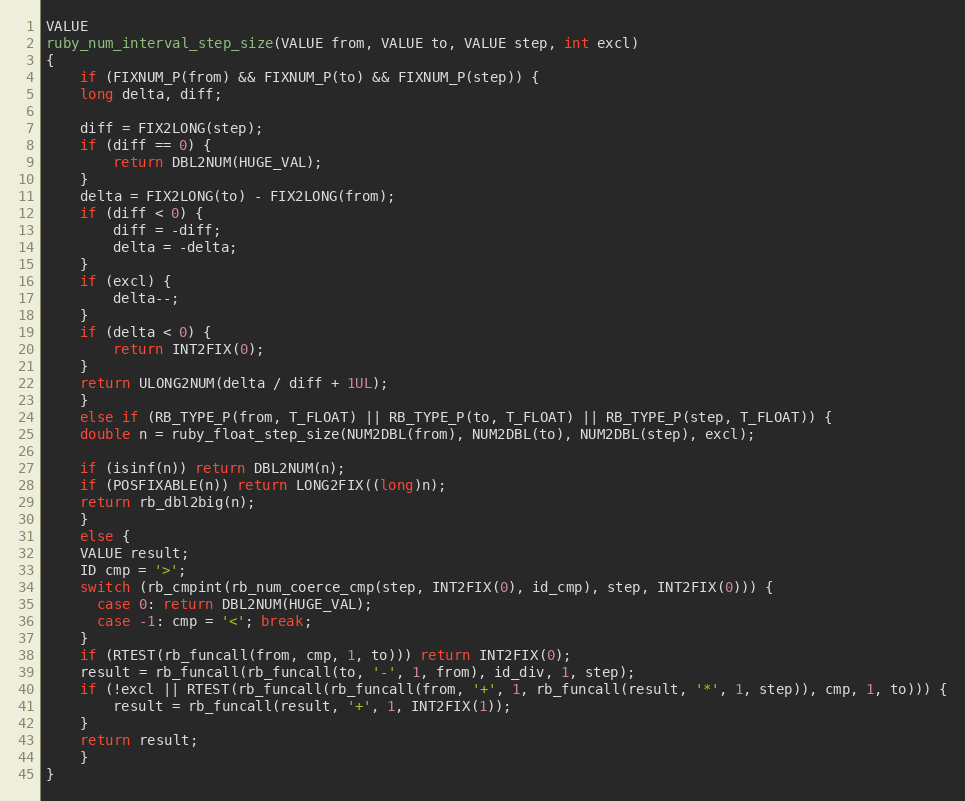
Language: C
VALUE
ruby_num_interval_step_size(VALUE from, VALUE to, VALUE step, int excl)
{
    if (FIXNUM_P(from) && FIXNUM_P(to) && FIXNUM_P(step)) {
	long delta, diff;

	diff = FIX2LONG(step);
	if (diff == 0) {
	    return DBL2NUM(HUGE_VAL);
	}
	delta = FIX2LONG(to) - FIX2LONG(from);
	if (diff < 0) {
	    diff = -diff;
	    delta = -delta;
	}
	if (excl) {
	    delta--;
	}
	if (delta < 0) {
	    return INT2FIX(0);
	}
	return ULONG2NUM(delta / diff + 1UL);
    }
    else if (RB_TYPE_P(from, T_FLOAT) || RB_TYPE_P(to, T_FLOAT) || RB_TYPE_P(step, T_FLOAT)) {
	double n = ruby_float_step_size(NUM2DBL(from), NUM2DBL(to), NUM2DBL(step), excl);

	if (isinf(n)) return DBL2NUM(n);
	if (POSFIXABLE(n)) return LONG2FIX((long)n);
	return rb_dbl2big(n);
    }
    else {
	VALUE result;
	ID cmp = '>';
	switch (rb_cmpint(rb_num_coerce_cmp(step, INT2FIX(0), id_cmp), step, INT2FIX(0))) {
	  case 0: return DBL2NUM(HUGE_VAL);
	  case -1: cmp = '<'; break;
	}
	if (RTEST(rb_funcall(from, cmp, 1, to))) return INT2FIX(0);
	result = rb_funcall(rb_funcall(to, '-', 1, from), id_div, 1, step);
	if (!excl || RTEST(rb_funcall(rb_funcall(from, '+', 1, rb_funcall(result, '*', 1, step)), cmp, 1, to))) {
	    result = rb_funcall(result, '+', 1, INT2FIX(1));
	}
	return result;
    }
}